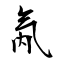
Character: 氝